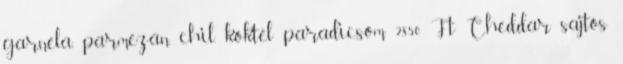
garnéla, parmezán, chil, koktél paradicsom 2850 Ft Cheddar sajtos